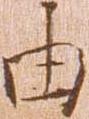
由